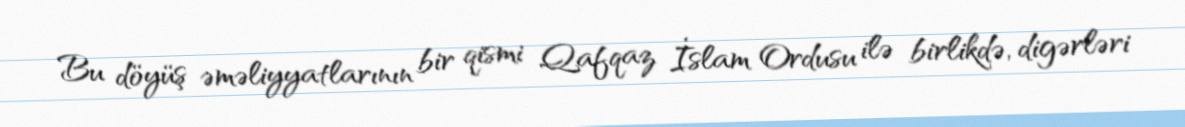
Bu döyüş əməliyyatlarının bir qismi Qafqaz İslam Ordusu ilə birlikdə, digərləri